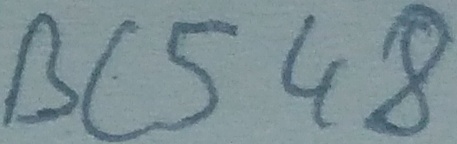
Text: BC548